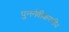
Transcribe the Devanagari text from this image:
पुनर्नवीकरणीय